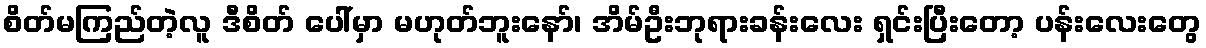
စိတ်မကြည်တဲ့လူ ဒီစိတ် ပေါ်မှာ မဟုတ်ဘူးနော်၊ အိမ်ဦးဘုရားခန်းလေး ရှင်းပြီးတော့ ပန်းလေးတွေ